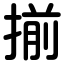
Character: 揃